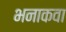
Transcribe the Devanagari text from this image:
भनाकवा